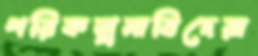
পরিকল্পনাবিদেরা